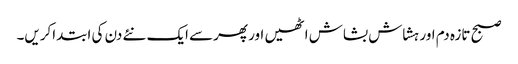
صبح تازہ دم اور ہشاش بشاش اٹھیں اور پھرسے ایک نئے دن کی ابتداکریں۔